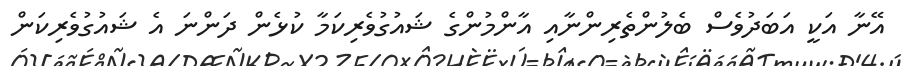
އޭނާ އަކީ އަބަދުވެސް ބެލުންތެރިންނާއި އާންމުންގެ ޝައުގުވެރިކަމާ ކުޅެން ދަންނަ އެ ޝައުގުވެރިކަން